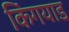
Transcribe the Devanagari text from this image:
किंगयाड